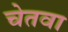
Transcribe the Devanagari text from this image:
चेतवा